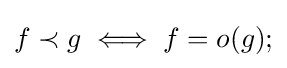
f\prec g\iff f=o(g);